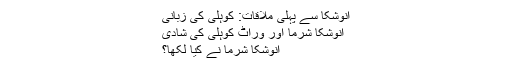
انوشکا سے پہلی ملاقات: کوہلی کی زبانی
انوشکا شرما اور وراٹ کوہلی کی شادی
انوشکا شرما نے کیا لکھا؟